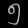
Digit: ၅